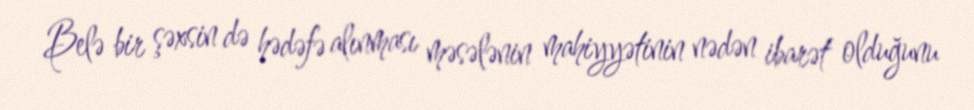
Belə bir şəxsin də hədəfə alınması məsələnin mahiyyətinin nədən ibarət olduğunu